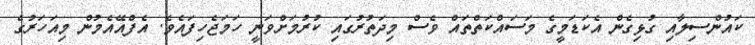
ކައުންސިލާއި ގުޅިގެން އެކަޑަމީގެ މަސައްކަތްތައް ވެސް މިދަތުރުގައި ކުރުމަށްވަނީ ހަމަޖެހިފައެވެ. އެފްއޭއެމުން މިއަހަރުގެ